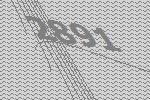
2891